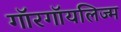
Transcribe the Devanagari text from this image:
गॉरगॉयलिज्म